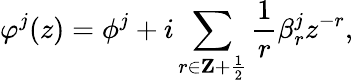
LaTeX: \varphi^{j}(z)=\phi^{j}+i\sum_{r\in{\mathbf Z}+{\frac{1}{2}}}{\frac{1}{r}}\beta_{r}^{j}z^{-r},